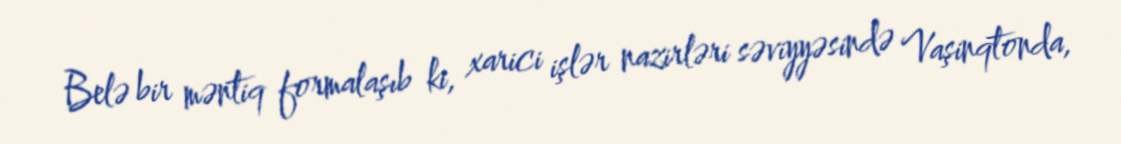
Belə bir məntiq formalaşıb ki, xarici işlər nazirləri səviyyəsində Vaşinqtonda,